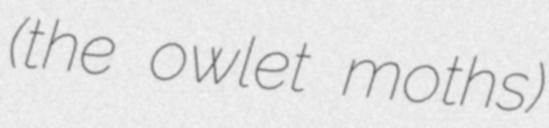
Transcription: (the owlet moths)